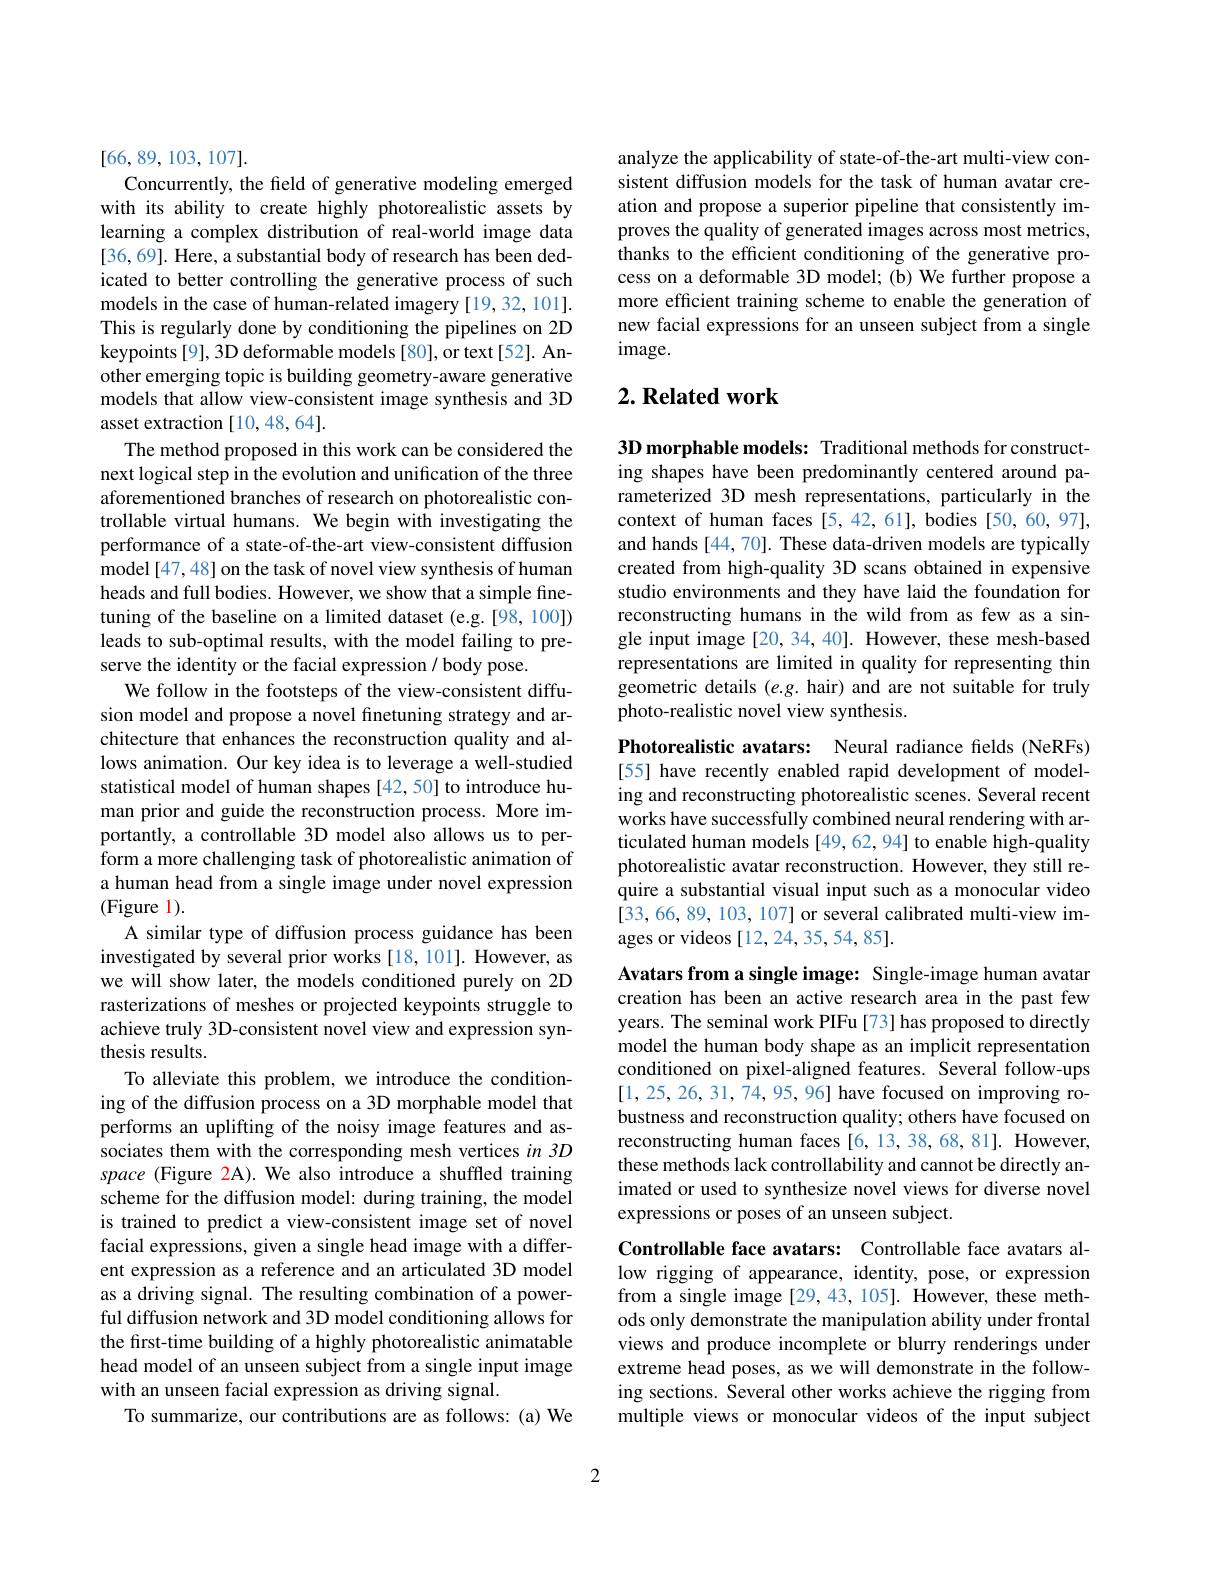
[66,89,103,107].
Concurrently, the field of generative modeling emerged with its ability to create highly photorealistic assets by learning a complex distribution of real-world image data [36,69]. Here, a substantial body of research has been dedicated to better controlling the generative process of such models in the case of human-related imagery [19,32,101]. This is regularly done by conditioning the pipelines on 2D keypoints[9], 3D deformable models [80], or text[52]. Another emerging topic is building geometry-aware generative models that allow view-consistent image synthesis and 3D asset extraction [10,48,64].
The method proposed in this work can be considered the next logical step in the evolution and unification of the three aforementioned branches of research on photorealistic controllable virtual humans. We begin with investigating the performance of a state-of-the-art view-consistent diffusion model [47,48] on the task of novel view synthesis of human heads and full bodies. However, we show that a simple finetuning of the baseline on a limited dataset (e.g.[98,100]) leads to sub-optimal results, with the model failing to preserve the identity or the facial expression / body pose.
We follow in the footsteps of the view-consistent diffusion model and propose a novel finetuning strategy and architecture that enhances the reconstruction quality and allows animation. Our key idea is to leverage a well-studied statistical model of human shapes [42,50] to introduce human prior and guide the reconstruction process. More importantly, a controllable 3D model also allows us to perform a more challenging task of photorealistic animation of a human head from a single image under novel expression (Figure 1).
A similar type of diffusion process guidance has been investigated by several prior works [18, 101]. However, as we will show later, the models conditioned purely on 2D rasterizations of meshes or projected keypoints struggle to achieve truly 3D-consistent novel view and expression synthesis results.
To alleviate this problem, we introduce the conditioning of the diffusion process on a 3D morphable model that performs an uplifting of the noisy image features and associates them with the corresponding mesh vertices in 3D space (Figure 2A). We also introduce a shuffled training scheme for the diffusion model: during training, the model is trained to predict a view-consistent image set of novel facial expressions, given a single head image with a different expression as a reference and an articulated 3D model as a driving signal. The resulting combination of a powerful diffusion network and 3D model conditioning allows for the first-time building of a highly photorealistic animatable head model of an unseen subject from a single input image with an unseen facial expression as driving signal.
To summarize, our contributions are as follows: (a) We

analyze the applicability of state-of-the-art multi-view consistent diffusion models for the task of human avatar creation and propose a superior pipeline that consistently improves the quality of generated images across most metrics, thanks to the efficient conditioning of the generative process on a deformable 3D model; (b) We further propose a more efficient training scheme to enable the generation of new facial expressions for an unseen subject from a single $image.$

## $2. \textbf{Related work}$

3D morphable models: Traditional methods for constructing shapes have been predominantly centered around parameterized 3D mesh representations, particularly in the context of human faces [5,42,61], bodies [50,60,97], and hands [44, 70]. These data-driven models are typically created from high-quality 3D scans obtained in expensive studio environments and they have laid the foundation for reconstructing humans in the wild from as few as a single input image [20, 34, 40]. However, these mesh-based representations are limited in quality for representing thin geometric details (e.g. hair) and are not suitable for truly photo-realistic novel view synthesis.

Photorealistic avatars: Neural radiance fields (NeRFs)

[55] have recently enabled rapid development of modeling and reconstructing photorealistic scenes. Several recent works have successfully combined neural rendering with articulated human models [49, 62, 94] to enable high-quality photorealistic avatar reconstruction. However, they still require a substantial visual input such as a monocular video [33,66,89,103,107] or several calibrated multi-view images or videos [12,24,35,54,85].

Avatars from a single image: Single-image human avatar creation has been an active research area in the past few years. The seminal work PIFu[73] has proposed to directly model the human body shape as an implicit representation conditioned on pixel-aligned features. Several follow-ups [1,25,26,31,74,95,96] have focused on improving robustness and reconstruction quality; others have focused on reconstructing human faces [6,13,38,68,81]. However, these methods lack controllability and cannot be directly animated or used to synthesize novel views for diverse novel expressions or poses of an unseen subject.

Controllable face avatars: Controllable face avatars allow rigging of appearance, identity, pose, or expression from a single image[29,43,105]. However, these methods only demonstrate the manipulation ability under frontal views and produce incomplete or blurry renderings under extreme head poses, as we will demonstrate in the following sections. Several other works achieve the rigging from multiple views or monocular videos of the input subject

2